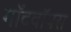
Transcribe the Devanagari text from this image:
गॉटवॉयस